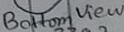
Text: Bottom View